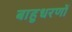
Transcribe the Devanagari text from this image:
बाहुधरणों